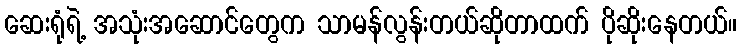
ဆေးရုံရဲ့ အသုံးအဆောင်တွေက သာမန်လွန်းတယ်ဆိုတာထက် ပိုဆိုးနေတယ်။